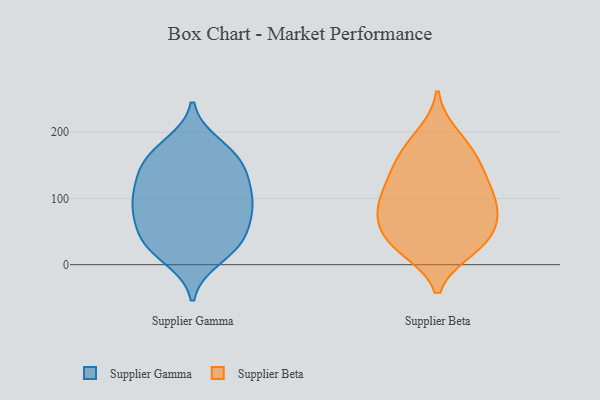
{"axis": {"x": "Budget (USD K)", "y": "Value"}, "legend": ["Supplier Beta", "Supplier Gamma"], "data": [{"x": "", "y": 96, "type": "Supplier Gamma"}, {"x": "", "y": 78, "type": "Supplier Gamma"}, {"x": "", "y": 32, "type": "Supplier Gamma"}, {"x": "", "y": 126, "type": "Supplier Gamma"}, {"x": "", "y": 37, "type": "Supplier Gamma"}, {"x": "", "y": 41, "type": "Supplier Gamma"}, {"x": "", "y": 10, "type": "Supplier Gamma"}, {"x": "", "y": 60, "type": "Supplier Gamma"}, {"x": "", "y": 86, "type": "Supplier Gamma"}, {"x": "", "y": 157, "type": "Supplier Gamma"}, {"x": "", "y": 181, "type": "Supplier Gamma"}, {"x": "", "y": 165, "type": "Supplier Gamma"}, {"x": "", "y": 100, "type": "Supplier Gamma"}, {"x": "", "y": 165, "type": "Supplier Gamma"}, {"x": "", "y": 137, "type": "Supplier Gamma"}, {"x": "", "y": 128, "type": "Supplier Gamma"}, {"x": "", "y": 23, "type": "Supplier Gamma"}, {"x": "", "y": 89, "type": "Supplier Gamma"}, {"x": "", "y": 57, "type": "Supplier Beta"}, {"x": "", "y": 157, "type": "Supplier Beta"}, {"x": "", "y": 159, "type": "Supplier Beta"}, {"x": "", "y": 99, "type": "Supplier Beta"}, {"x": "", "y": 78, "type": "Supplier Beta"}, {"x": "", "y": 112, "type": "Supplier Beta"}, {"x": "", "y": 99, "type": "Supplier Beta"}, {"x": "", "y": 196, "type": "Supplier Beta"}, {"x": "", "y": 26, "type": "Supplier Beta"}, {"x": "", "y": 32, "type": "Supplier Beta"}, {"x": "", "y": 23, "type": "Supplier Beta"}, {"x": "", "y": 135, "type": "Supplier Beta"}, {"x": "", "y": 184, "type": "Supplier Beta"}, {"x": "", "y": 93, "type": "Supplier Beta"}, {"x": "", "y": 31, "type": "Supplier Beta"}, {"x": "", "y": 60, "type": "Supplier Beta"}, {"x": "", "y": 71, "type": "Supplier Beta"}, {"x": "", "y": 139, "type": "Supplier Beta"}]}